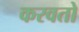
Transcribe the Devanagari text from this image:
करवतो